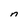
Character: n